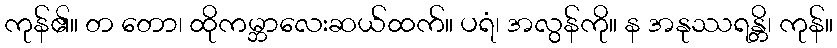
ကုန်၏။ တ တော၊ ထိုကမ္ဘာလေးဆယ်ထက်။ ပရံ၊ အလွန်ကို။ န အနုဿရန္တိ၊ ကုန်။